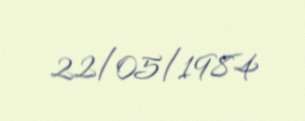
22/05/1984